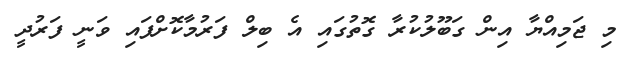
މި ޖަމިއްޔާ އިން ގަބޫލުކުރާ ގޮތުގައި އެ ބިލް ފަރުމާކޮށްފައި ވަނީ ފަރުދީ